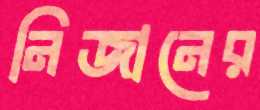
নিজানের